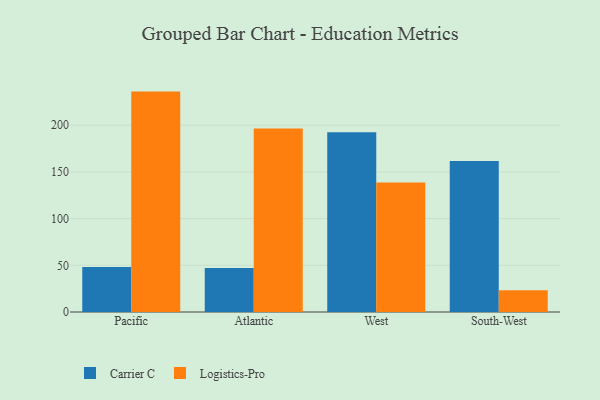
{"axis": {"x": "Region", "y": "Market Share (%)"}, "legend": ["Carrier C", "Logistics-Pro"], "data": [{"x": "Pacific", "y": 48.3, "type": "Carrier C"}, {"x": "Pacific", "y": 236.0, "type": "Logistics-Pro"}, {"x": "Atlantic", "y": 47.2, "type": "Carrier C"}, {"x": "Atlantic", "y": 196.4, "type": "Logistics-Pro"}, {"x": "West", "y": 192.6, "type": "Carrier C"}, {"x": "West", "y": 138.6, "type": "Logistics-Pro"}, {"x": "South-West", "y": 161.6, "type": "Carrier C"}, {"x": "South-West", "y": 23.3, "type": "Logistics-Pro"}]}